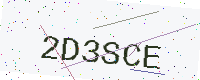
Text: 2D3SCE